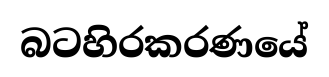
බටහිරකරණයේ